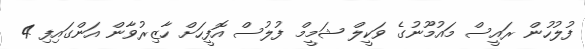
ފުލުހުން ރައީސް މައުމޫނުގެ ވަކީލް ޝަމީީމް ފުލުސް އޮފީހަށް ހާޒިރުވާން އަންގައިފި 4